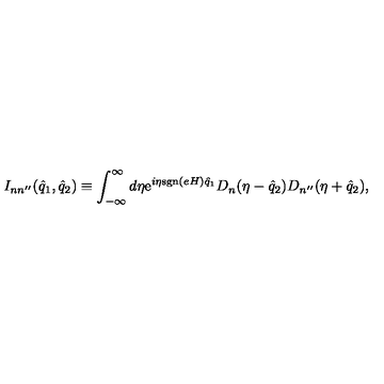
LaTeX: I _ { n n ^ { \prime \prime } } ( \hat { q } _ { 1 } , \hat { q } _ { 2 } ) \equiv \int _ { - \infty } ^ { \infty } d \eta \mathrm { e } ^ { i \eta \mathrm { s g n } ( e H ) \hat { q } _ { 1 } } D _ { n } ( \eta - \hat { q } _ { 2 } ) D _ { n ^ { \prime \prime } } ( \eta + \hat { q } _ { 2 } ) ,